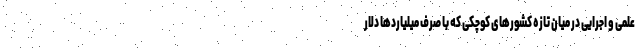
علمی و اجرایی در میان تازه کشورهای کوچکی که با صرف میلیاردها دلار